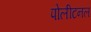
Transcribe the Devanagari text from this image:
पोलीटनल